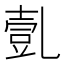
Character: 亄